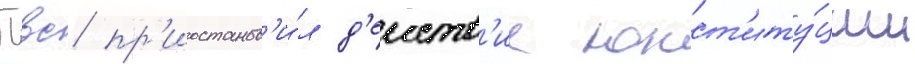
Пвс пр'иостанов'и́л д'еиств'ие конст'иту́ции